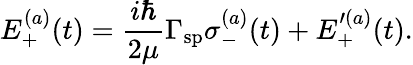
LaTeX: E_{+}^{(a)}(t)=\frac{i\hbar}{2\mu}\Gamma_{\mathrm{sp}}\sigma_{-}^{(a)}(t)+E_{+}^{\prime(a)}(t).